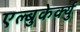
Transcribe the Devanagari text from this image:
एल्बुकेर्क्यु